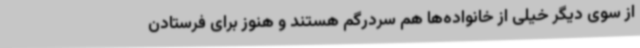
از سوی دیگر خیلی از خانواده‌ها هم سردرگم هستند و هنوز برای فرستادن